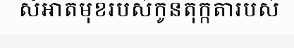
សំអាតមុខរបស់កូនតុក្កតារបស់